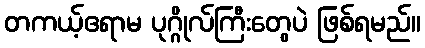
တကယ့်ဧရာမ ပုဂ္ဂိုလ်ကြီးတွေပဲ ဖြစ်ရမည်။